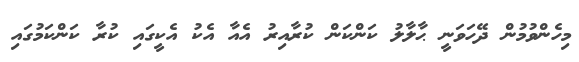
މިހެންވުމުން ދޭހަވަނީ ޙާލާލު ކަންކަން ކުރާއިރު އެއާ އެކު އެކީގައި ކުރާ ކަންކަމުގައި